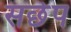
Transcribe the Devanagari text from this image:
सछेप